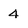
Character: 4